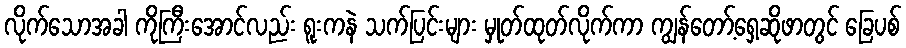
လိုက်သောအခါ ကိုကြီးအောင်လည်း ရူးကနဲ သက်ပြင်းများ မှုတ်ထုတ်လိုက်ကာ ကျွန်တော့်ရှေ့ဆိုဖာတွင် ခြေပစ်